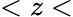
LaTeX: <z<